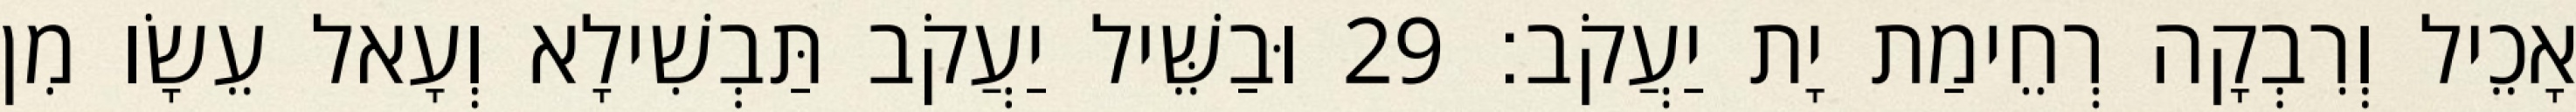
אָכֵיל וְרִבְקָה רְחֵימַת יָת יַעֲקֹב׃ 29 וּבַשֵּׁיל יַעֲקֹב תַּבְשִׁילָא וְעָאל עֵשָׂו מִן